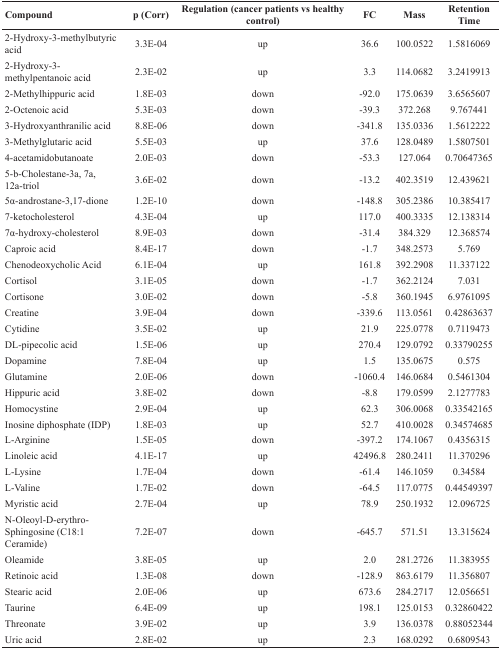
<table><thead><tr><td><b>Compound</b></td><td><b>p (Corr)</b></td><td><b>Regulation (cancer patients vs healthy control)</b></td><td><b>FC</b></td><td><b>Mass</b></td><td><b>Retention Time</b></td></tr></thead><tbody><tr><td>2-Hydroxy-3-methylbutyric acid</td><td>3.3E-04</td><td>up</td><td>36.6</td><td>100.0522</td><td>1.5816069</td></tr><tr><td>2-Hydroxy-3-methylpentanoic acid</td><td>2.3E-02</td><td>up</td><td>3.3</td><td>114.0682</td><td>3.2419913</td></tr><tr><td>2-Methylhippuric acid</td><td>1.8E-03</td><td>down</td><td>−92.0</td><td>175.0639</td><td>3.6565607</td></tr><tr><td>2-Octenoic acid</td><td>5.3E-03</td><td>down</td><td>−39.3</td><td>372.268</td><td>9.767441</td></tr><tr><td>3-Hydroxyanthranilic acid</td><td>8.8E-06</td><td>down</td><td>−341.8</td><td>135.0336</td><td>1.5612222</td></tr><tr><td>3-Methylglutaric acid</td><td>5.5E-03</td><td>up</td><td>37.6</td><td>128.0489</td><td>1.5807501</td></tr><tr><td>4-acetamidobutanoate</td><td>2.0E-03</td><td>down</td><td>−53.3</td><td>127.064</td><td>0.70647365</td></tr><tr><td>5-b-Cholestane-3a, 7a, 12a-triol</td><td>3.6E-02</td><td>down</td><td>−13.2</td><td>402.3519</td><td>12.439621</td></tr><tr><td>5α-androstane-3,17-dione</td><td>1.2E-10</td><td>down</td><td>−148.8</td><td>305.2386</td><td>10.385417</td></tr><tr><td>7-ketocholesterol</td><td>4.3E-04</td><td>up</td><td>117.0</td><td>400.3335</td><td>12.138314</td></tr><tr><td>7α-hydroxy-cholesterol</td><td>8.9E-03</td><td>down</td><td>−31.4</td><td>384.329</td><td>12.368574</td></tr><tr><td>Caproic acid</td><td>8.4E-17</td><td>down</td><td>−1.7</td><td>348.2573</td><td>5.769</td></tr><tr><td>Chenodeoxycholic Acid</td><td>6.1E-04</td><td>up</td><td>161.8</td><td>392.2908</td><td>11.337122</td></tr><tr><td>Cortisol</td><td>3.1E-05</td><td>down</td><td>−1.7</td><td>362.2124</td><td>7.031</td></tr><tr><td>Cortisone</td><td>3.0E-02</td><td>down</td><td>−5.8</td><td>360.1945</td><td>6.9761095</td></tr><tr><td>Creatine</td><td>3.9E-04</td><td>down</td><td>−339.6</td><td>113.0561</td><td>0.42863637</td></tr><tr><td>Cytidine</td><td>3.5E-02</td><td>up</td><td>21.9</td><td>225.0778</td><td>0.7119473</td></tr><tr><td>DL-pipecolic acid</td><td>1.5E-06</td><td>up</td><td>270.4</td><td>129.0792</td><td>0.33790255</td></tr><tr><td>Dopamine</td><td>7.8E-04</td><td>up</td><td>1.5</td><td>135.0675</td><td>0.575</td></tr><tr><td>Glutamine</td><td>2.0E-06</td><td>down</td><td>−1060.4</td><td>146.0684</td><td>0.5461304</td></tr><tr><td>Hippuric acid</td><td>3.8E-02</td><td>down</td><td>−8.8</td><td>179.0599</td><td>2.1277783</td></tr><tr><td>Homocystine</td><td>2.9E-04</td><td>up</td><td>62.3</td><td>306.0068</td><td>0.33542165</td></tr><tr><td>Inosine diphosphate (IDP)</td><td>1.8E-03</td><td>up</td><td>52.7</td><td>410.0028</td><td>0.34574685</td></tr><tr><td>L-Arginine</td><td>1.5E-05</td><td>down</td><td>−397.2</td><td>174.1067</td><td>0.4356315</td></tr><tr><td>Linoleic acid</td><td>4.1E-17</td><td>up</td><td>42496.8</td><td>280.2411</td><td>11.370296</td></tr><tr><td>L-Lysine</td><td>1.7E-04</td><td>down</td><td>−61.4</td><td>146.1059</td><td>0.34584</td></tr><tr><td>L-Valine</td><td>1.7E-02</td><td>down</td><td>−64.5</td><td>117.0775</td><td>0.44549397</td></tr><tr><td>Myristic acid</td><td>2.7E-04</td><td>up</td><td>78.9</td><td>250.1932</td><td>12.096725</td></tr><tr><td>N-Oleoyl-D-erythro-Sphingosine (C18:1 Ceramide)</td><td>7.2E-07</td><td>down</td><td>−645.7</td><td>571.51</td><td>13.315624</td></tr><tr><td>Oleamide</td><td>3.8E-05</td><td>up</td><td>2.0</td><td>281.2726</td><td>11.383955</td></tr><tr><td>Retinoic acid</td><td>1.3E-08</td><td>down</td><td>−128.9</td><td>863.6179</td><td>11.356807</td></tr><tr><td>Stearic acid</td><td>2.0E-06</td><td>up</td><td>673.6</td><td>284.2717</td><td>12.056651</td></tr><tr><td>Taurine</td><td>6.4E-09</td><td>up</td><td>198.1</td><td>125.0153</td><td>0.32860422</td></tr><tr><td>Threonate</td><td>3.9E-02</td><td>up</td><td>3.9</td><td>136.0378</td><td>0.88052344</td></tr><tr><td>Uric acid</td><td>2.8E-02</td><td>up</td><td>2.3</td><td>168.0292</td><td>0.6809543</td></tr></tbody></table>